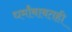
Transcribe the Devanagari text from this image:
धर्मांबाबतही